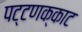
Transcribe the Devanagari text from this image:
पट्टणक्काट